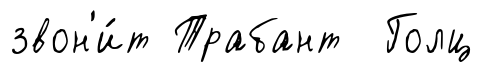
звон'и́т Трабант Голц